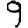
Digit: 9